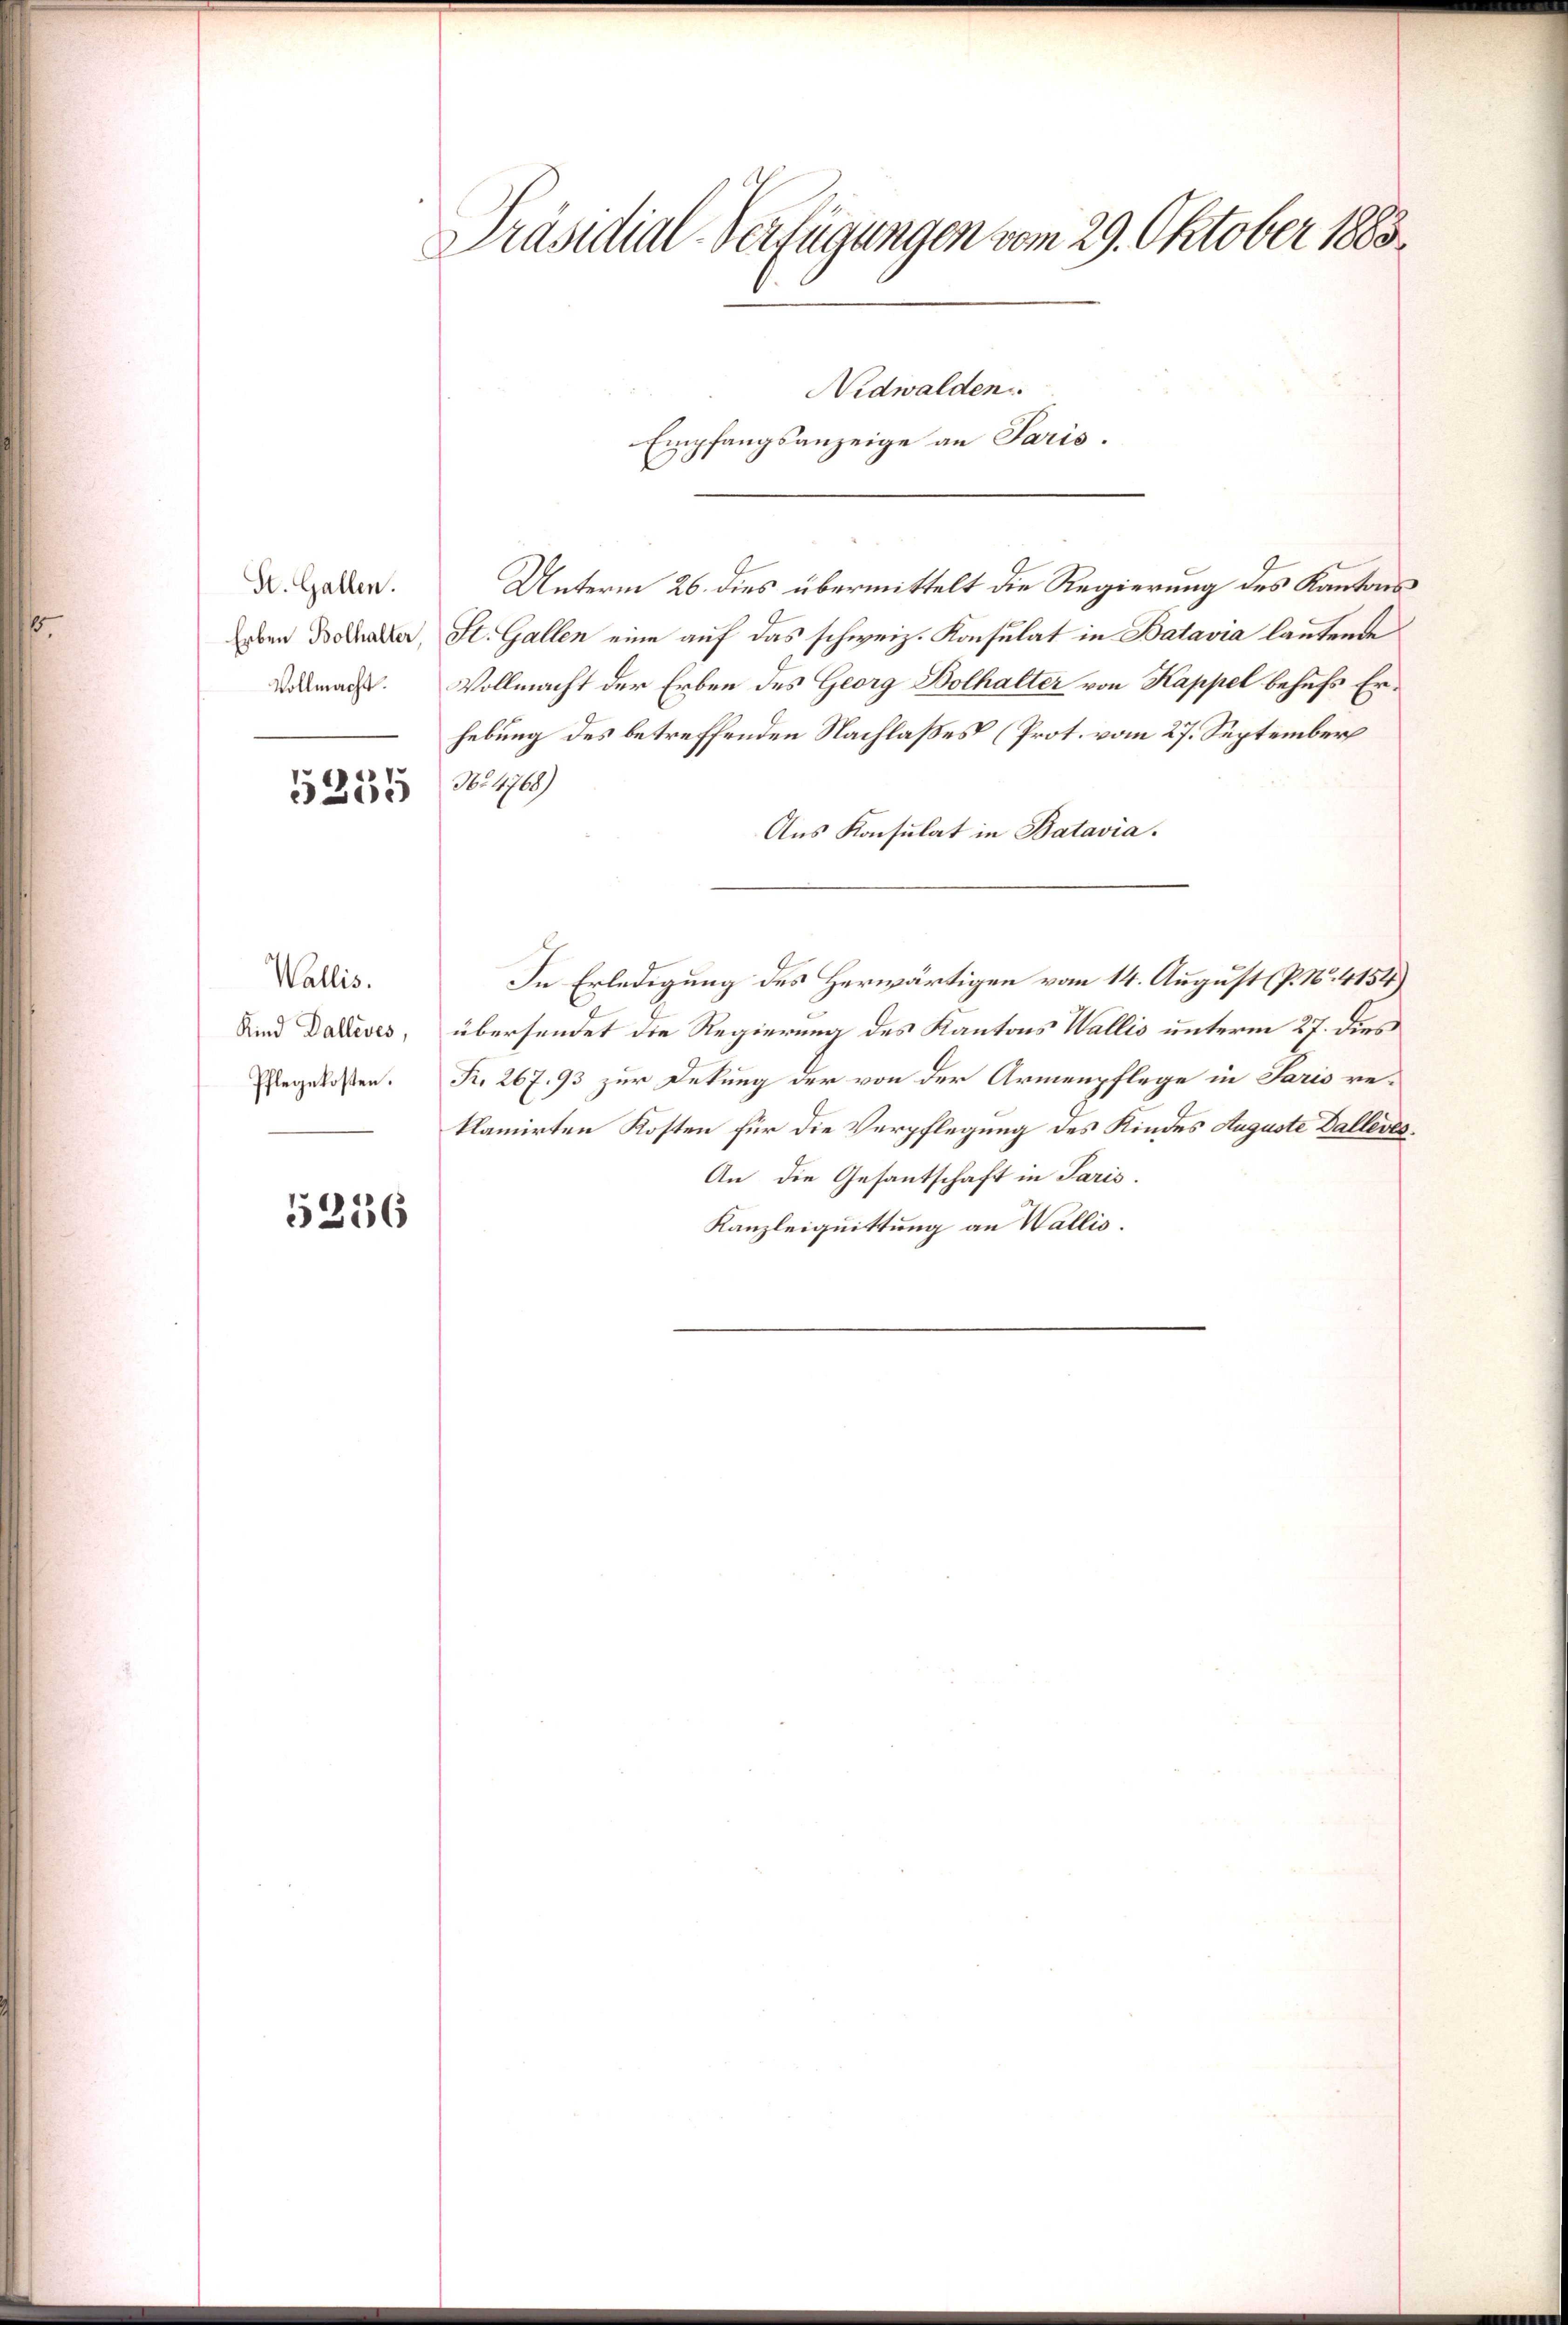
St. Gallen.
Erben Bolhalter,
Vollmacht.
5255

Wallis.
Kind Dallives,
Pflegekosten.

5236

Präsidial-Verfügungen vom 29. Oktober 1883

Nidwalden
Empfangsanzeige an Paris
Unterm 26. dies übermittelt die Regierung des Kantons
St. Gallen eine auf das schweiz. Konsulat in Batavia lautende
Vollmacht der Erben des Georg Bolhalter von Kappel behufs Erhebung des betreffenden Nachlaßes (Prot. vom 27. September
No 4768)
Aus Konsulat in Batavia.
In Erledigung des Herwärtigen vom 14. August (P. Nr. 4154
übersendet die Regierung des Kantons Wallis unterm 27. dies
Fr. 267, 93 zur Dekung der von der Armenpflege in Paris reklamirten Kosten für die Verpflegung des Kindes Auguste Dalleres
An die Gesantschaft in Paris.
Kanzleiquittung an Wallis.